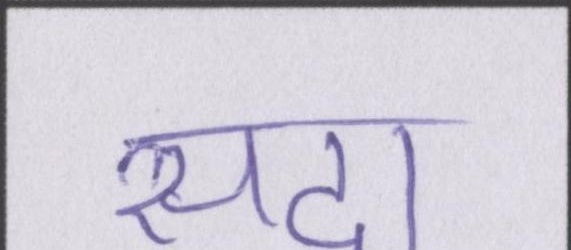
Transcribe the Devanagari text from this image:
सदा